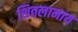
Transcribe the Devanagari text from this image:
शितलामाय